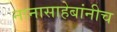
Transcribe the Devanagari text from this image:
नानासाहेबांनीच